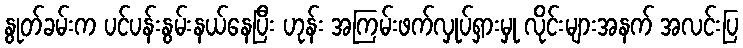
နွုတ်ခမ်းက ပင်ပန်းနွမ်းနယ်နေပြီး ဟုန်း အကြမ်းဖက်လှုပ်ရှားမှု လိုင်းများအနက် အလင်းပြ